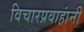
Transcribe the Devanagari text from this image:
विचारप्रवाहांनी